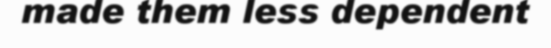
made them less dependent